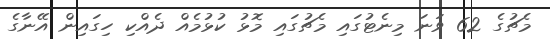
މެޗުގެ 62 ވަނަ މިނެޓުގައި މެޗުގައި މޮޅު ކުޅުމެއް ދެއްކި ހިގައިން އޭނާގެ